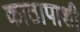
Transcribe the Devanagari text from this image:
काठापाशी